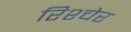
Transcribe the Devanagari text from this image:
रिश्चेर